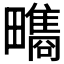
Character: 𤳬